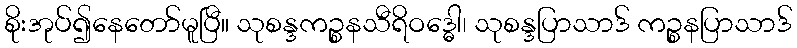
စိုးအုပ်၍နေတော်မူပြီ။ သုစန္ဒကဉ္စနသီရိဝဒ္ဓေါ၊ သုစန္ဒပြာသာဒ် ကဉ္စနပြာသာဒ်